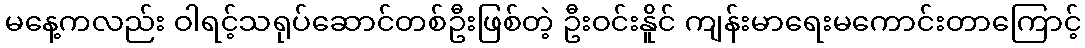
မနေ့ကလည်း ဝါရင့်သရုပ်ဆောင်တစ်ဦးဖြစ်တဲ့ ဦးဝင်းနိူင် ကျန်းမာရေးမကောင်းတာကြောင့်